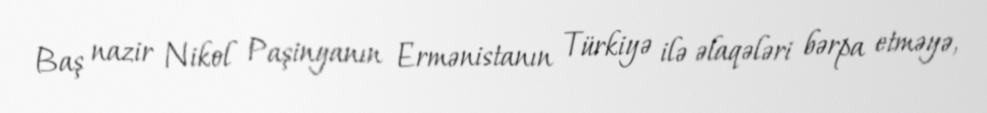
Baş nazir Nikol Paşinyanın Ermənistanın Türkiyə ilə əlaqələri bərpa etməyə,